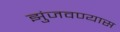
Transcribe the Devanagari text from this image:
झुंजवण्यास